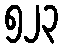
၅၂၃